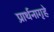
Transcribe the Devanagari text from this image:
प्रार्थनागृहे